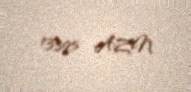
13395 AZN